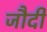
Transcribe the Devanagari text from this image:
जौदी